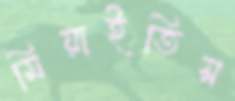
মিয়াইতিস